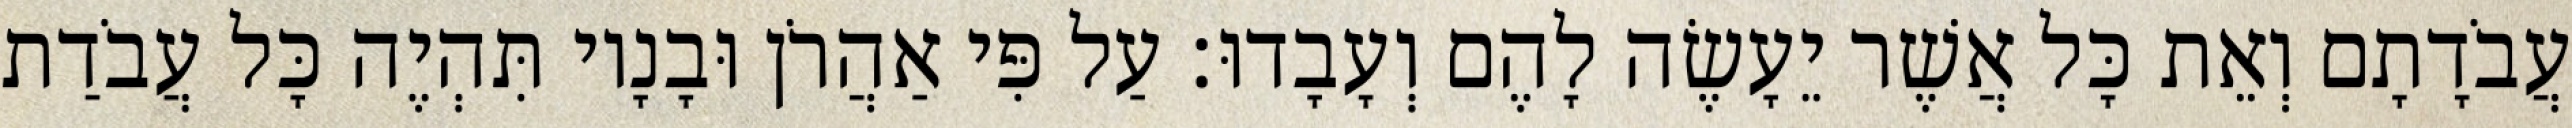
עֲבֹדָתָם וְאֵת כָּל אֲשֶׁר יֵעָשֶׂה לָהֶם וְעָבָדוּ׃ עַל פִּי אַהֲרֹן וּבָנָיו תִּהְיֶה כָּל עֲבֹדַת